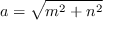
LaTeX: a = { \sqrt { m ^ { 2 } + n ^ { 2 } } }